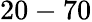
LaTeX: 20-70